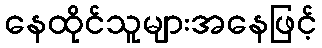
နေထိုင်သူများအနေဖြင့်